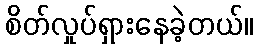
စိတ်လှုပ်ရှားနေခဲ့တယ်။